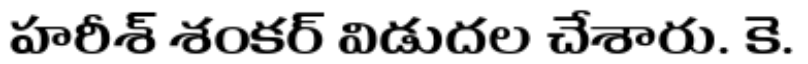
హరీశ్ శంకర్ విడుదల చేశారు. కె.